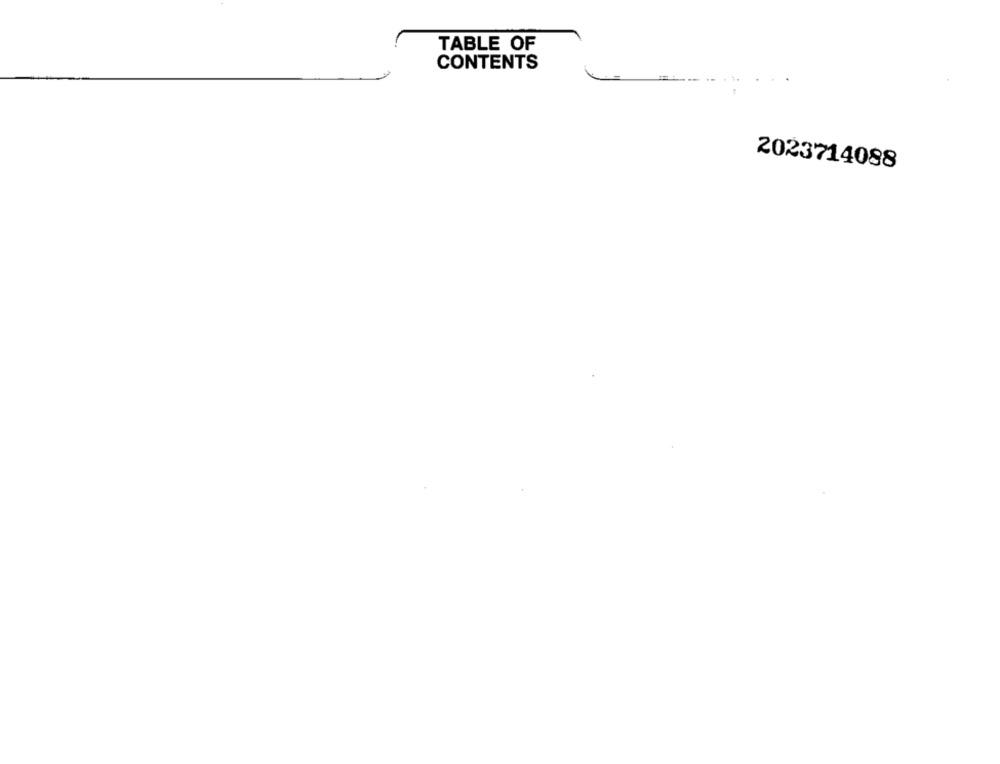
TABLE OF
CONTENTS
2023714088